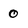
Character: o